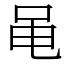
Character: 黾